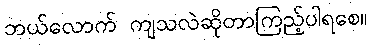
ဘယ်လောက် ကျသလဲဆိုတာကြည့်ပါရစေ။